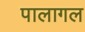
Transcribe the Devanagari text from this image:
पालागल